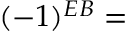
( - 1 ) ^ { E B } =